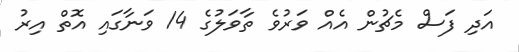
އަދި ފަސް މެޗުން އެއް ވަރުވެ ތާވަލުގެ 14 ވަނާގައި އޮތް އިރު